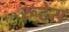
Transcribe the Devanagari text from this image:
रूटेस